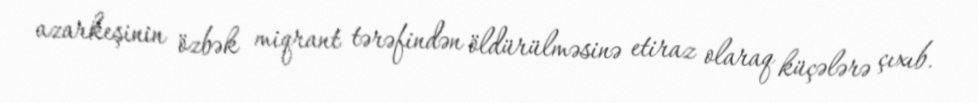
azarkeşinin özbək miqrant tərəfindən öldürülməsinə etiraz olaraq küçələrə çıxıb.